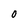
Character: 0